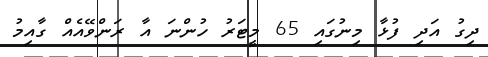
ދިގު އަދި ފުޅާ މިނުގައި 65 މީޓަރު ހުންނަ އާ ރަންވޭއެއް ގާއިމު